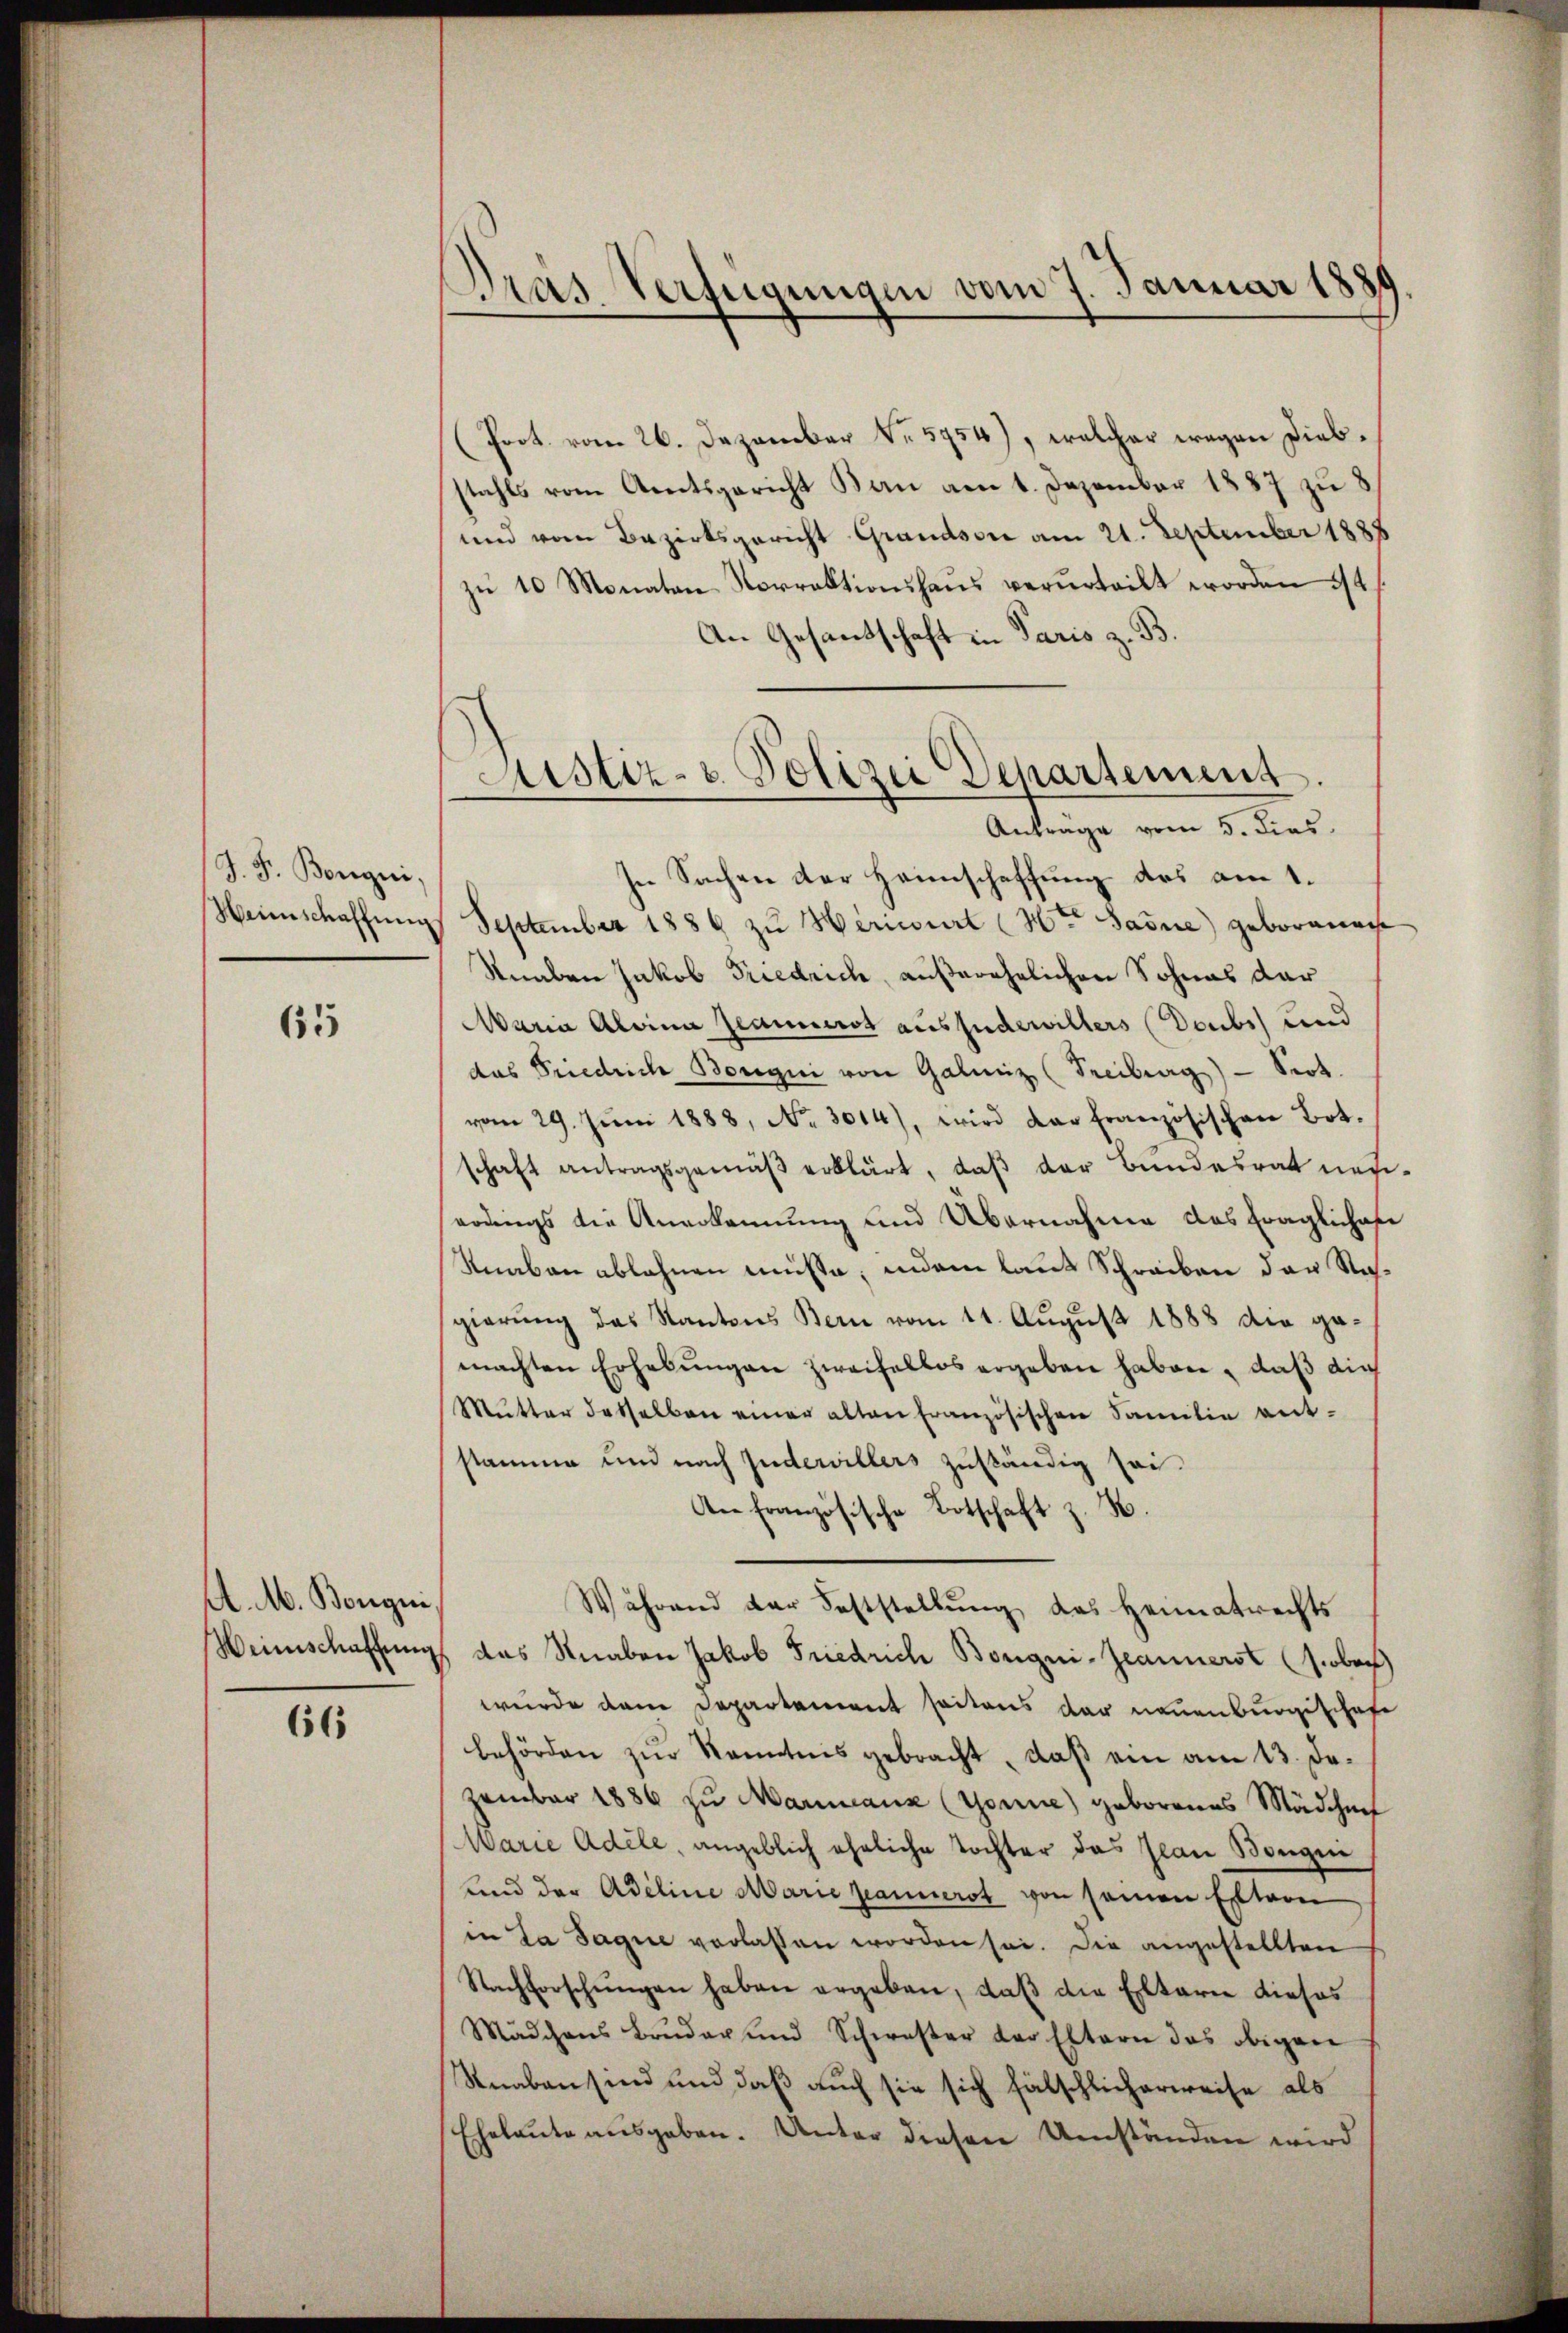
J. F. Bongni

65

A. M. Bongni

66

Prot. vom 26. Dezember Nr. 5754), welcher wegen Diebstahls vom Amtsgericht Bau am 1. Dezember 1887 zu 8
und vom Bezirksgericht Grandsore am 21. September 1888
zu 10 Monaten Norraktionshaus verurteilt worden 14 f.
An Gesandtschaft in Paris z. B.
In Sachen der Heimschaffung des am 1.
Heimschaffung September 1886 zu Herisirt (Hr. Sadne) geborenen
Snaben Jakob Friedrich, außerehelichen Sohnes dar
Maria Aloina Jeannerst auszudewillers (Doubs und
das Friedrich Bougii von Galmiz (Freiburg - Sept.
vom 29. Jŭni 1888, No 3014), wird der Französischen Bot.
schaft antragsgemäβ erklärt, daβ der Bundesrat neu-
serungs die Anerkennung und Übernahme das fraglichafe
Knaben ablehnen müsse, indem laut Schreiben der Stahgierung das Kantons Bern vom 11. August 1888 die gemachten Erhebungen zweifellos ergeben haben, daß die
Mŭtter desselben einer alten französischen Familie ent-
stamme und nach Judewillers zuständig sei.
An französische Botschaft z. B.
Während der Feststellŭng des Heimatrechts
Weinschaffung das Knaben Jakob Friedrich Borgni-Jeannerst (s. oben
wurde dem Departement seitens der neuenburgischafe
behörden zur Kenntnis gebracht, daß ein am 13. Dezember 1886 zu Mariana (Gonne) geborenes Mädchen
Warie Adele, angeblich eheliche Tochter das Jean Bangen
und der Adeline Marie sanierst von seinen Extern
in La Jaque verlassen worden sei. Die angestellten
Nachforschŭngen haben ergeben, daβ die Elterie dieses
Mädchens Bruder und Schwester der Eltern das obigen
Snaben sind und daß auch sie sich fälschlicherweise als
Eheleute ausgeben. Unter diesen Umständen wird

Dras Verfügungen vom 7. Januar 1881

Aistiz- u. Polizei Departement.
Anträge vom 5. dies